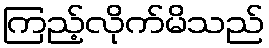
ကြည့်လိုက်မိသည်